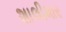
શાલીમાર